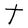
Character: t